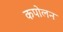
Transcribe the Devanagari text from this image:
कपोलन